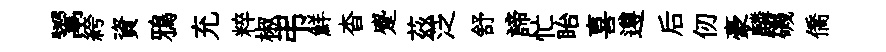
鬻絝資鴉充粹椒弔鮮杳蹙茲泛舒諦忙眙喜遵后仞豪麟磯僑